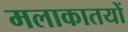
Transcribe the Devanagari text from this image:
मलाकातयों